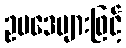
ဥပဒေများဖြင့်